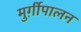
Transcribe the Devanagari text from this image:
मुर्ग़ीपालन